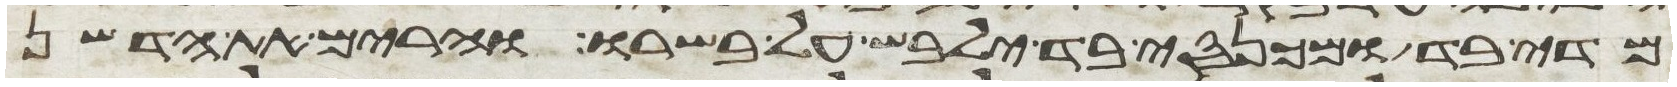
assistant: מדי בד ומכנסי בד ילבש על בשרו והרים את הדשן